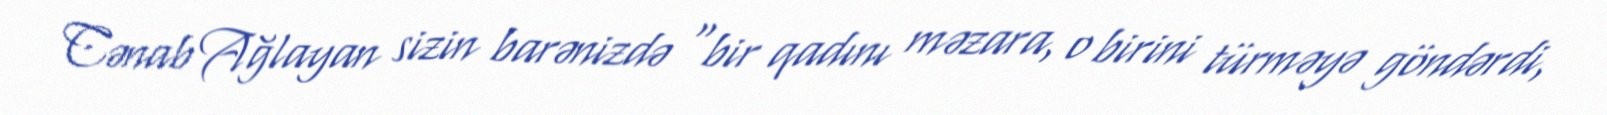
Cənab Ağlayan sizin barənizdə “bir qadını məzara, o birini türməyə göndərdi,